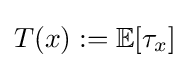
T(x):=\mathbb {E} [\tau _{x}]